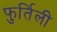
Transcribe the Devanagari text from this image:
फुर्तिली